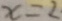
x = 2